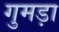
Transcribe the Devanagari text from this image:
गुमड़ा